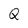
Character: Q